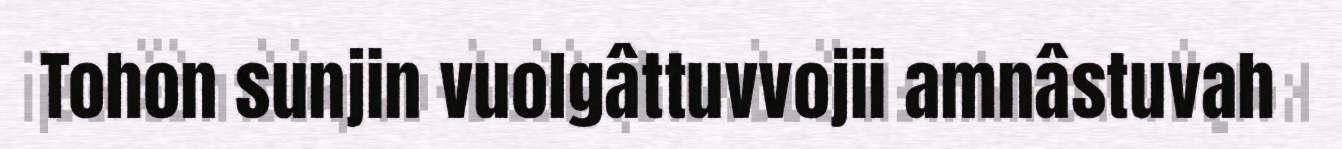
Tohon sunjin vuolgâttuvvojii amnâstuvah